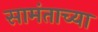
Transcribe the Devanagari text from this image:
सामंताच्या